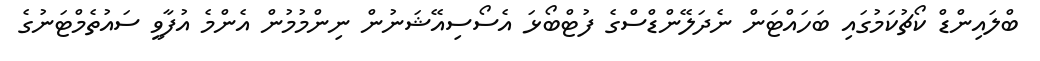
ބްލައިންޑް ކޯޗުކަމުގައި ބަހައްޓަން ނެދަލޭންޑްސްގެ ފުޓްބޯޅަ އެސޯސިއޭޝަނުން ނިންމުމުން އެންމެ އުފާވީ ސައުތެމްޓަނުގެ